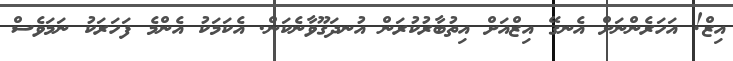
އިޒް! އަހަރެންނަށް އެނގޭ އިޒްއަށް އިތުބާރުކުރަން އުނދަގޫވާނެކަން. އެކަމަކު އެންމެ ފަހަރަކު ނަމަވެސް